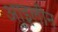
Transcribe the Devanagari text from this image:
आइलीन